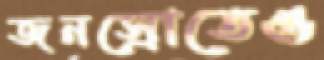
জনস্রোতেও